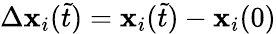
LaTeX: \Delta\mathbf{x}_{i}(\tilde{t})=\mathbf{x}_{i}(\tilde{t})-\mathbf{x}_{i}(0)